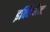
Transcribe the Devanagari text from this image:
इक्विप्मेन्ट